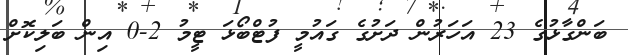
ބަންގާޅުގެ 23 އަހަރުން ދަށުގެ ގައުމީ ފުޓްބޯޅަ ޓީމު 2-0 އިން ބަލިކޮށް